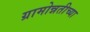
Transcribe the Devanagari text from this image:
ग्रामोन्नतीच्या